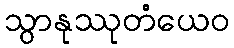
သွာနုဿုတံယေဝ